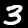
Label: 3